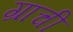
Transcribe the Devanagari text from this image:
ग्राची